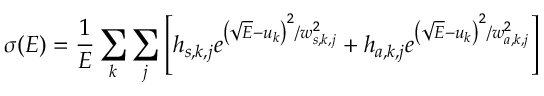
\sigma ( E ) = \frac { 1 } { E } \sum _ { k } \sum _ { j } \left[ h _ { s , k , j } e ^ { \left( \sqrt { E } - u _ { k } \right) ^ { 2 } / w _ { s , k , j } ^ { 2 } } + h _ { a , k , j } e ^ { \left( \sqrt { E } - u _ { k } \right) ^ { 2 } / w _ { a , k , j } ^ { 2 } } \right]